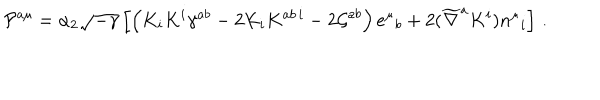
{ \cal P } ^ { a \mu } = \alpha _ { 2 } \sqrt { - \gamma } \left[ \left( K _ { i } K ^ { i } \gamma ^ { a b } - 2 K _ { i } K ^ { a b \, i } - 2 { \cal G } ^ { a b } \right) e ^ { \mu } { } _ { b } + 2 ( \widetilde \nabla ^ { a } K ^ { i } ) n ^ { \mu } { } _ { i } \right] \, .